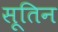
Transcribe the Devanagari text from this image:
सूतिन